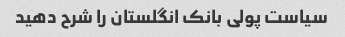
سیاست پولی بانک انگلستان را شرح دهید